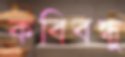
কবিবন্ধু